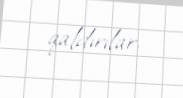
qaldırılar.